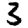
Digit: 3